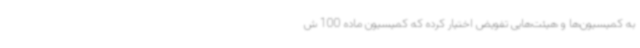
به کمیسیون‌ها و هیئت‌هایی تفویض اختیار کرده که کمیسیون ماده 100 ش